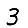
Digit: 3